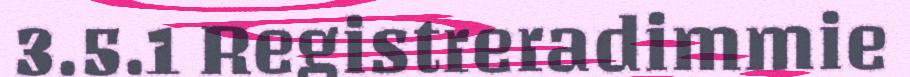
3.5.1 Registreradimmie